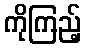
ကိုကြည့်